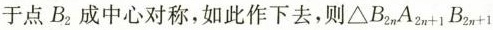
于点B_{2}成中心对称，如此作下去，则\triangle B_{2n}A_{2n+1}B_{2n+1}